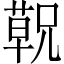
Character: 𬞁